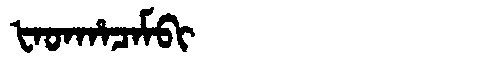
Manchu: ᡶᠠᡨᡥᠠᠴᠠᠮᠪᡳ
Romanization: FATHACAMBI